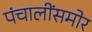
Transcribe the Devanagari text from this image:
पंचालींसमोर